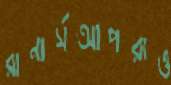
রানার্সআপরাও